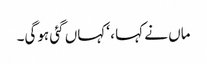
ماں نے کہا ، ‘کہاں گئی ہوگی۔